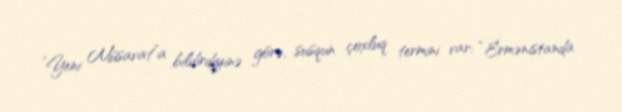
“Yeni Müsavat”a bildirdiyinə görə, susqun çoxluq termini var: “Ermənistanda